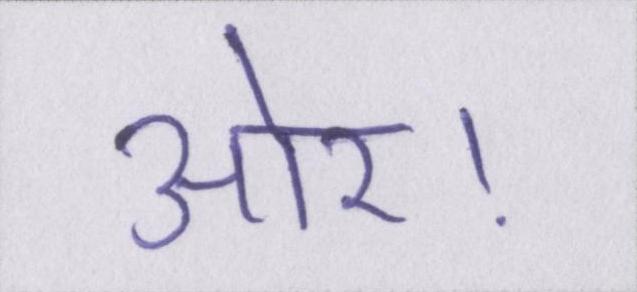
ओर।